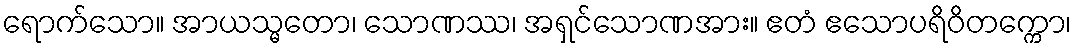
ရောက်သော။ အာယသ္မတော၊ သောဏဿ၊ အရှင်သောဏအား။ ဧတံ ဧသောပရိဝိတက္ကော၊